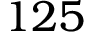
1 2 5